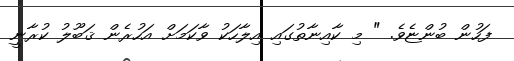
ފަހުން ބުންޏެވެ. " މި ކާއިނާތުގައި އިލާހަކު ވާކަމަށް އަހުރެން ޤަބޫލު ކުރާނީ